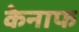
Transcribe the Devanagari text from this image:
केनाफ